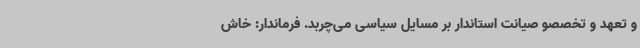
و تعهد و تخصصو صیانت استاندار بر مسایل سیاسی می‌چربد. فرماندار: خاش